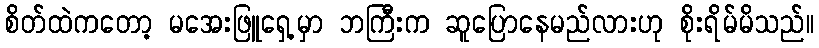
စိတ်ထဲကတော့ မအေးဖြူရှေ့မှာ ဘကြီးက ဆူပြောနေမည်လားဟု စိုးရိမ်မိသည်။